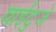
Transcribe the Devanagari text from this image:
वाईटुजे